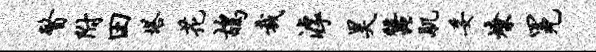
瞥附田塔花鸪裁滹昊蚕肌妥燎冕